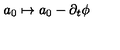
a _ { 0 } \mapsto a _ { 0 } - \partial _ { t } \phi